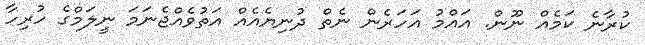
ކުރާނެ ކަމެއް ނޫން. އައްމު އަހަރެން ނެތް ދުނިޔެއެއް އަތުވެއްޖެނަމަ ނީލަމްގެ ހުރިހާ